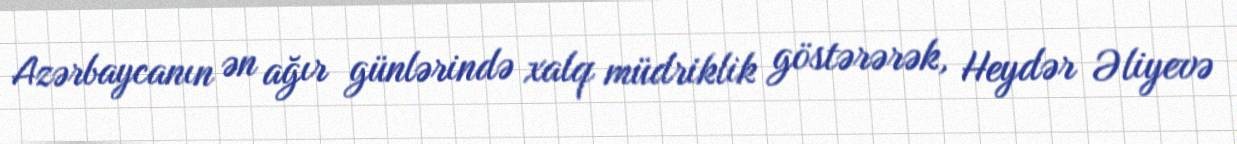
Azərbaycanın ən ağır günlərində xalq müdriklik göstərərək, Heydər Əliyevə